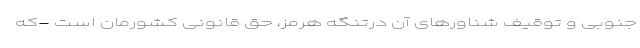
جنوبی و توقیف شناورهای آن درتنگه هرمز، حق قانونی کشورمان است -‌که